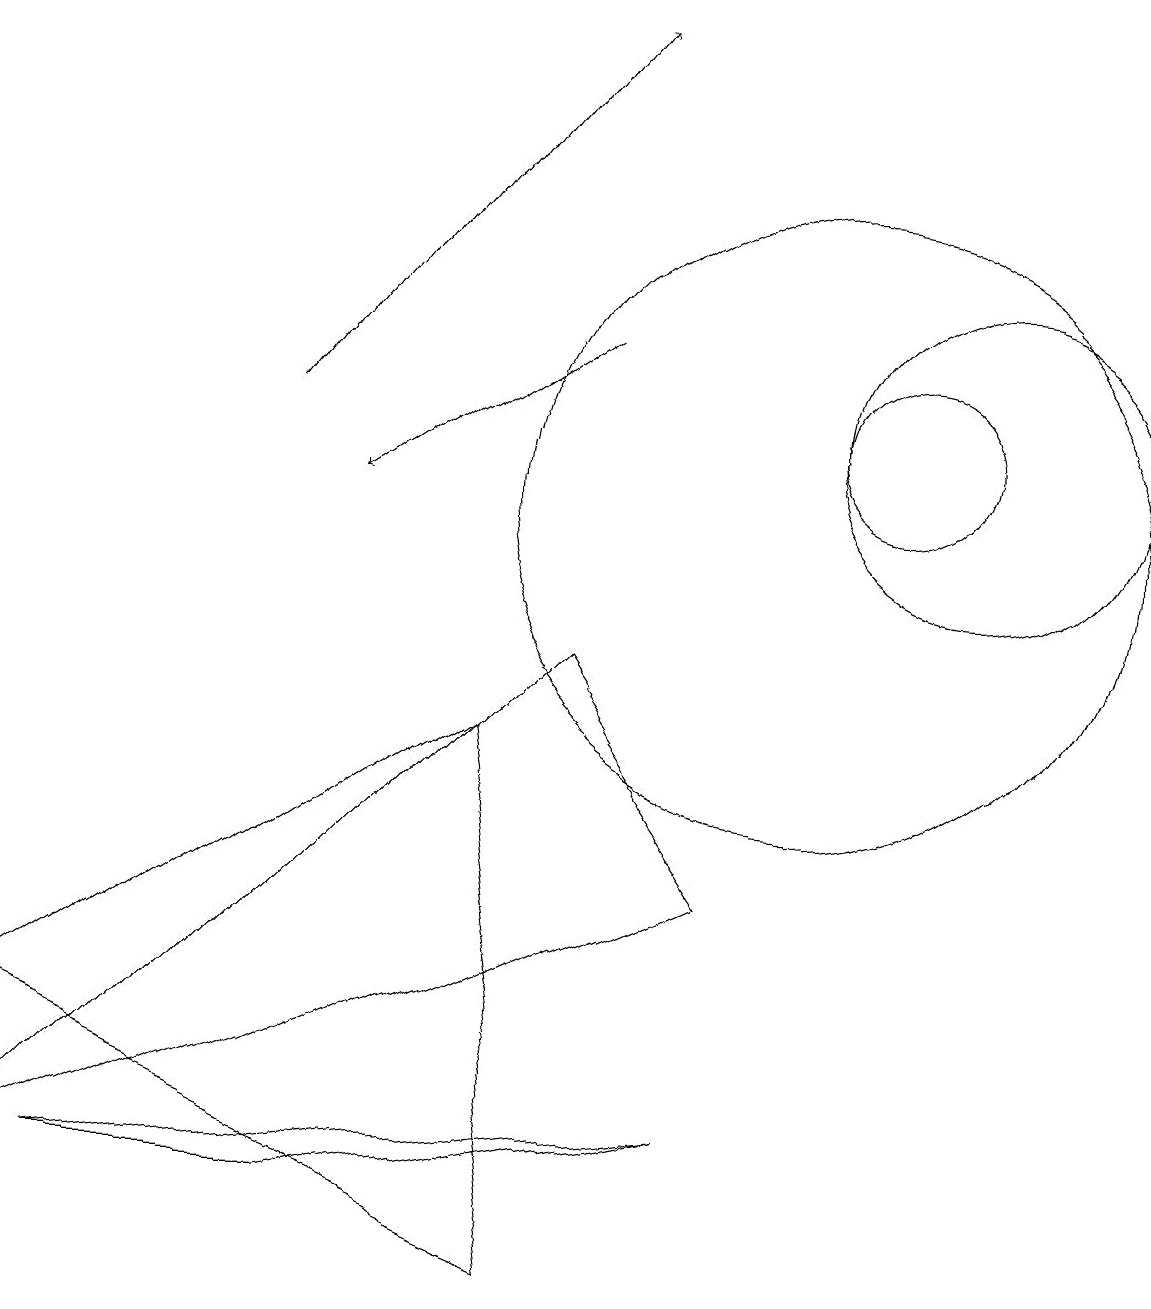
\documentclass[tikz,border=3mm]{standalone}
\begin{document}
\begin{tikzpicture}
\draw (10,10) circle (4);
\draw (7,8) -- (0,1) -- (9,5) -- cycle;
\draw[->] (3,11) -- (7,16);
\draw (6,7) -- (0,3) -- (7,0) -- cycle;
\draw (4,1) -- (1,1) -- (9,2) -- cycle;
\draw (11,11) circle (1);
\draw[->] (7,12) -- (4,10);
\draw (12,11) circle (2);
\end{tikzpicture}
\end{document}